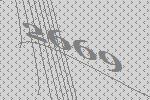
2669